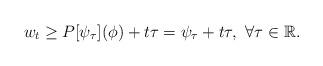
LaTeX: \begin{align*}w_t \geq P[\psi_{\tau}](\phi) + t\tau=\psi_{\tau} + t\tau, \ \forall \tau \in \mathbb{R}.\end{align*}